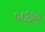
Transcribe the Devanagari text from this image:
०८६५१